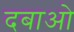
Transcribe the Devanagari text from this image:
दबाओ